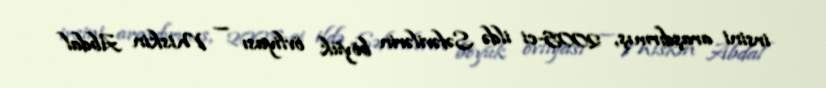
irsini araşdırmış, 2005-ci ildə Səfəvilərin böyük övliyası — Miskin Abdal